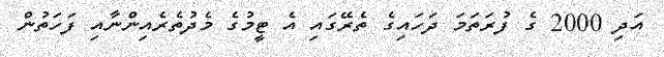
އަދި 2000 ގެ ފުރަތަމަ ދަހައިގެ ތެރޭގައި އެ ޓީމުގެ މެދުތެރެއިންނާއި ފަހަތުން